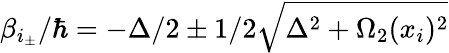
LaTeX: \beta_{i_{\pm}}/\hbar=-\Delta/2\pm 1/2\sqrt{\Delta^{2}+\Omega_{2}(x_{i})^{2}}